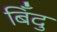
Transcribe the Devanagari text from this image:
बिँदु